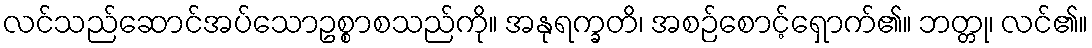
လင်သည်ဆောင်အပ်သောဥစ္စာစသည်ကို။ အနုရက္ခတိ၊ အစဉ်စောင့်ရှောက်၏။ ဘတ္တု၊ လင်၏။